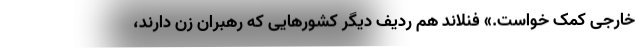
خارجی کمک خواست.» فنلاند هم ردیف دیگر کشورهایی که رهبران زن دارند،